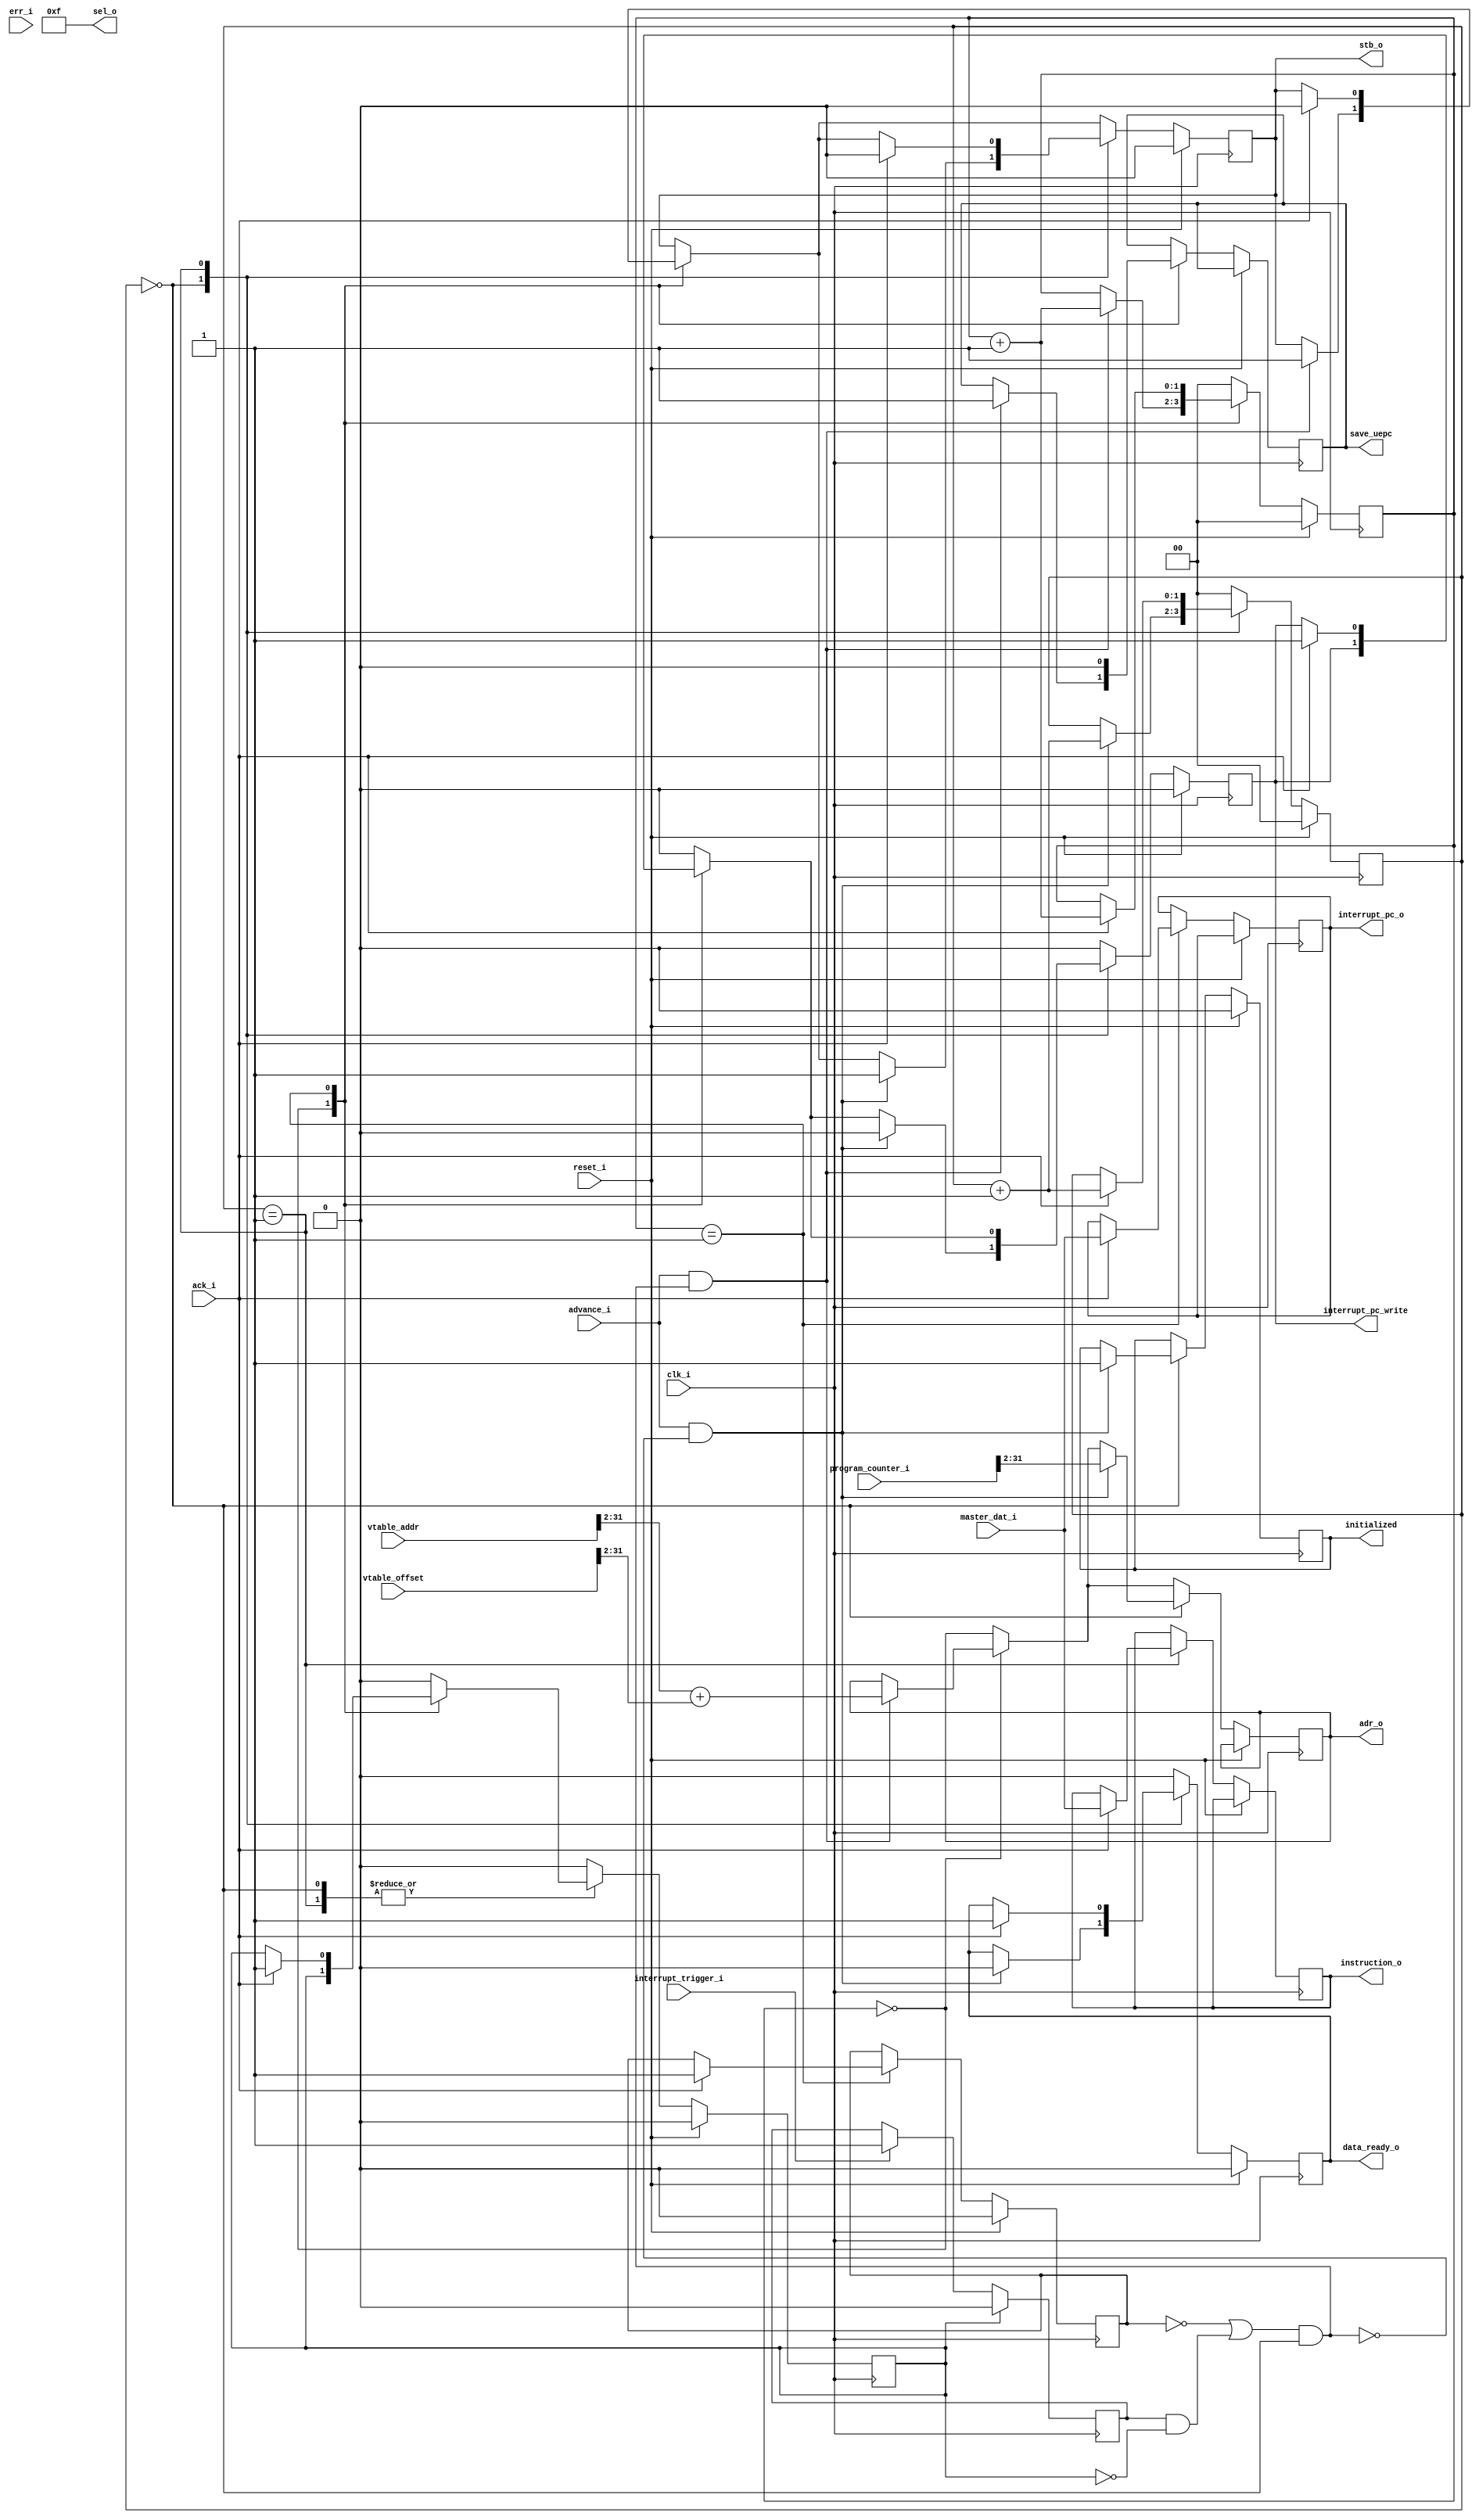
`ifndef RV32IM_PREFETCH_GUARD
`define RV32IM_PREFETCH_GUARD

// Simple prefetch for a non-pipelined setup

module rv32im_prefetch
    #(
        parameter XLEN = 32,
        parameter ILEN = 32
    ) (
        input wire clk_i,
        input wire reset_i,
        input wire [XLEN-1:0] program_counter_i,

        input wire advance_i,
        output reg data_ready_o = 0,

        output reg [ILEN-1:0] instruction_o = 0,

        // Wishbone Master signals
        input wire [XLEN-1:0] master_dat_i,
        input wire ack_i,
        output reg [XLEN-3:0] adr_o = 0, // XLEN sized address space with byte granularity
                                    // NOTE -- the slave will only have a port as large as its address space
        input wire err_i,
        output wire [3:0] sel_o,
        output reg stb_o = 0,

        input wire interrupt_trigger_i,
        input wire [XLEN-1:0] vtable_addr,
        input wire [XLEN-1:0] vtable_offset,

        output reg [XLEN-1:0] interrupt_pc_o = 0,
        output reg interrupt_pc_write = 0,

        output reg initialized = 0,
        output reg save_uepc = 0
    );

    assign sel_o = 4'b1111;

    reg handle_interrupt = 0;
    reg interrupt_handled = 0;
    reg vtable_lookup_init = 0;

    always @(posedge clk_i) begin
        if (interrupt_handled)
            handle_interrupt <= 1'b0;
        else if (interrupt_trigger_i)
            handle_interrupt <= 1'b1;
    end

    reg [1:0] vtable_sm = 0;
    reg [1:0] prefetch_sm = 0;

    wire pursue_vtable = (~vtable_lookup_init | (handle_interrupt & ~interrupt_handled)) & (prefetch_sm == 0);

    always @(posedge clk_i) begin
        if (reset_i) begin
            vtable_sm <= 0;
            prefetch_sm <= 0;

            stb_o <= 1'b0;
            data_ready_o <= 1'b0;
            vtable_lookup_init <= 1'b0;
            interrupt_pc_write <= 1'b0;
            initialized <= 1'b0;
            interrupt_handled <= 1'b0;
        end else begin
            case (vtable_sm)
                2'b00:
                begin
                    if (advance_i & pursue_vtable) begin
                        stb_o <= 1'b1;
                        adr_o <= vtable_addr[XLEN-1:2] + vtable_offset[XLEN-1:2];
                        vtable_sm <= vtable_sm + 1'b1;
                        save_uepc <= 1'b1;
                    end
                end
                2'b01:
                begin
                    if (ack_i) begin
                        stb_o <= 1'b0;
                        interrupt_handled <= 1'b1;
                        interrupt_pc_o <= master_dat_i;
                        interrupt_pc_write <= 1'b1;
                        vtable_lookup_init <= 1'b1;
                        vtable_sm <= vtable_sm + 1'b1;
                    end
                    save_uepc <= 1'b0;
                end
                default:
                begin
                    interrupt_handled <= 1'b0;
                    interrupt_pc_write <= 1'b0;
                    vtable_sm <= 0;
                end
            endcase

            case (prefetch_sm)
                2'b00:
                begin
                    if (advance_i & ~pursue_vtable) begin
                        stb_o <= 1'b1;
                        adr_o <= program_counter_i[XLEN-1:2];
                        data_ready_o <= 1'b0;
                        interrupt_pc_write <= 1'b0;
                        initialized <= 1'b1;
                        prefetch_sm <= prefetch_sm + 1'b1;
                    end
                end
                2'b01:
                begin
                    if (ack_i) begin
                        instruction_o <= master_dat_i;
                        stb_o <= 1'b0;
                        data_ready_o <= 1'b1;
                        prefetch_sm <= prefetch_sm + 1'b1;
                    end
                end
                default:
                begin
                    data_ready_o <= 1'b0;
                    interrupt_pc_write <= 1'b0;
                    interrupt_handled <= 1'b0;
                    prefetch_sm <= 0;
                end
            endcase
        end
    end

endmodule

`endif // RV32IM_PREFETCH_GUARD